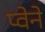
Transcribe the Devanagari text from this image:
प्वेने